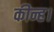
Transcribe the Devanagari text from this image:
कीन्ह।